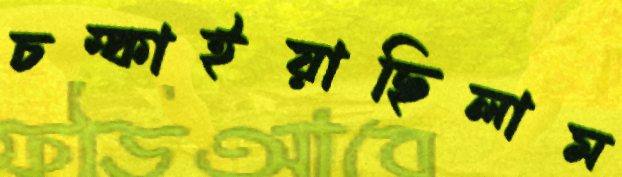
চম্‌কাইয়াছিলাম